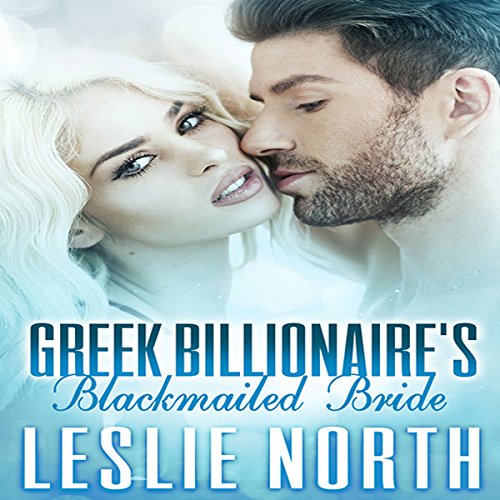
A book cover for Greek Billionaire's Blackmailed Bride: The Rosso Family Series Book 1; Leslie North; Romance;